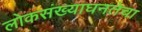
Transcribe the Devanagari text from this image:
लोकसंख्याघनतेचा